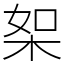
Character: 桇